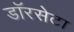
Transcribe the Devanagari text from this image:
डॉरसेटा